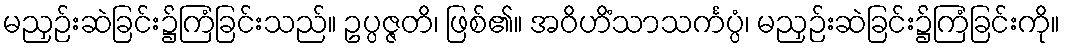
မညှဉ်းဆဲခြင်း၌ကြံခြင်းသည်။ ဥပ္ပဇ္ဇတိ၊ ဖြစ်၏။ အဝိဟိံသာသင်္ကပ္ပံ၊ မညှဉ်းဆဲခြင်း၌ကြံခြင်းကို။